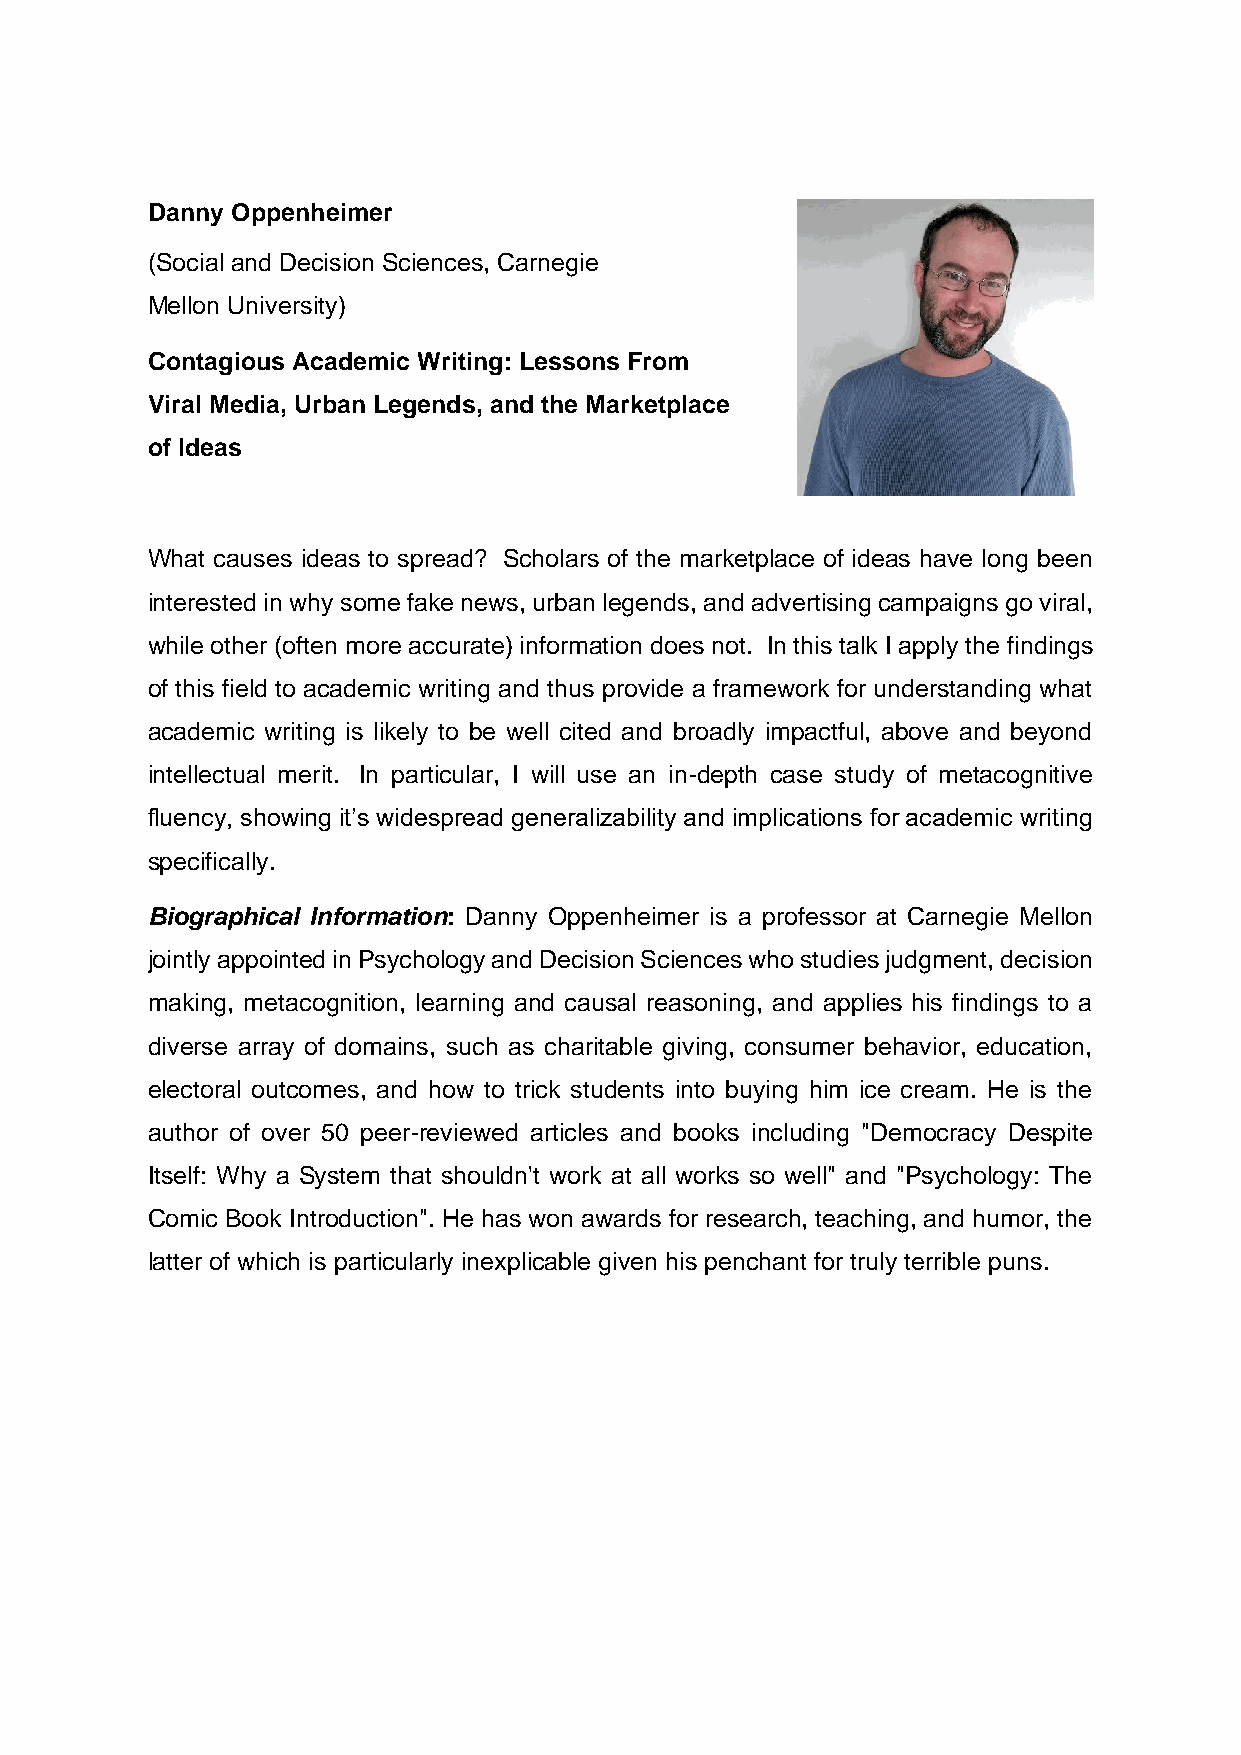
Danny Oppenheimer
 (Social and Decision Sciences, Carnegie
 Mellon University)
 Contagious Academic Writing: Lessons From
 Viral Media, Urban Legends, and the Marketplace
 of Ideas
 What causes ideas to spread? Scholars of the marketplace of ideas have long been
 interested in why some fake news, urban legends, and advertising campaigns go viral,
 while other (often more accurate) information does not. In this talk I apply the findings
 of this field to academic writing and thus provide a framework for understanding what
 academic writing is likely to be well cited and broadly impactful, above and beyond
 intellectual merit. In particular, I will use an in-depth case study of metacognitive
 fluency, showing it’s widespread generalizability and implications for academic writing
 specifically.
 Biographical Information: Danny Oppenheimer is a professor at Carnegie Mellon
 jointly appointed in Psychology and Decision Sciences who studies judgment, decision
 making, metacognition, learning and causal reasoning, and applies his findings to a
 diverse array of domains, such as charitable giving, consumer behavior, education,
 electoral outcomes, and how to trick students into buying him ice cream. He is the
 author of over 50 peer-reviewed articles and books including "Democracy Despite
 Itself: Why a System that shouldn't work at all works so well" and "Psychology: The
 Comic Book Introduction". He has won awards for research, teaching, and humor, the
 latter of which is particularly inexplicable given his penchant for truly terrible puns.